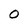
Character: 0